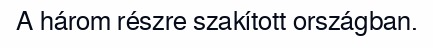
A három részre szakított országban.